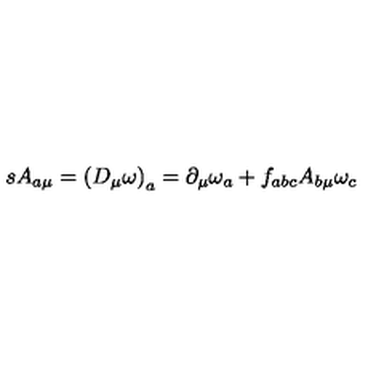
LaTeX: s A _ { a \mu } = \left( D _ { \mu } \omega \right) _ { a } = \partial _ { \mu } \omega _ { a } + f _ { a b c } A _ { b \mu } \omega _ { c }